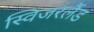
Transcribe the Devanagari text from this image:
स्विजरलैंड